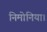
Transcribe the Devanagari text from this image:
निमोनिया।